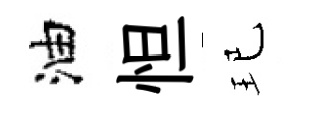
油怛玘